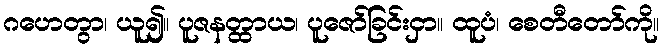
ဂဟေတွာ၊ ယူ၍။ ပူဇနတ္ထာယ၊ ပူဇော်ခြင်းငှာ။ ထူပံ၊ စေတီတော်ကို။